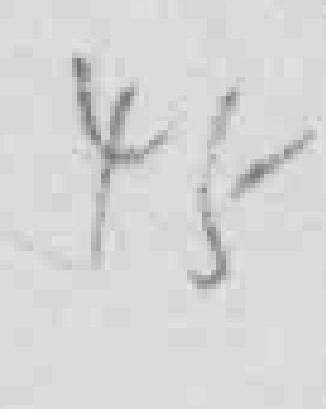
45